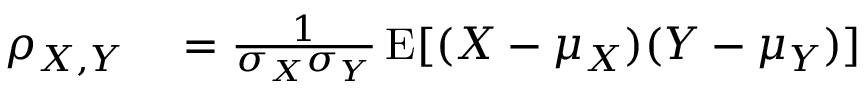
\begin{array} { r l } { \rho _ { X , Y } } & { { } = { \frac { 1 } { \sigma _ { X } \sigma _ { Y } } } \operatorname { E } [ ( X - \mu _ { X } ) ( Y - \mu _ { Y } ) ] } \end{array}